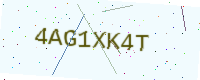
Text: 4AG1XK4T